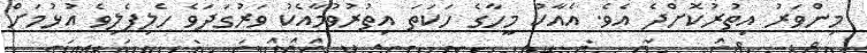
މިންވަރު އިތުރުކޮށްދެ އެވެ. އެއާކު މީހާގެ ހަކަތަ އިތުރުވުމާއެކު ވަރުގަދަވެ ހެލިފެލިވެ އުޅުމަށް